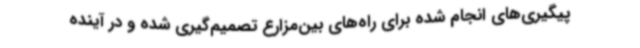
پیگیری‌های انجام شده برای راه‌های بین‌مزارع تصمیم‌گیری شده و در آینده